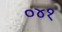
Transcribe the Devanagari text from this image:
०४१